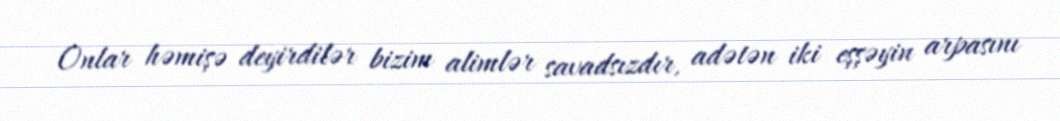
Onlar həmişə deyirdilər bizim alimlər savadsızdır, adətən iki eşşəyin arpasını